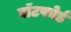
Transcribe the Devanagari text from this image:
वॉटफोर्ड